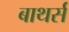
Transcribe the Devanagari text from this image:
बाथर्स